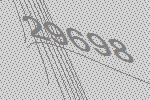
29698